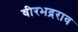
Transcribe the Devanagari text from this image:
वीरभद्रराव